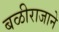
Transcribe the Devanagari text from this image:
बळीराजाने